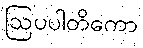
ဩပပါတိကော